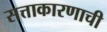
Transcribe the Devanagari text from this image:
सत्ताकारणाची